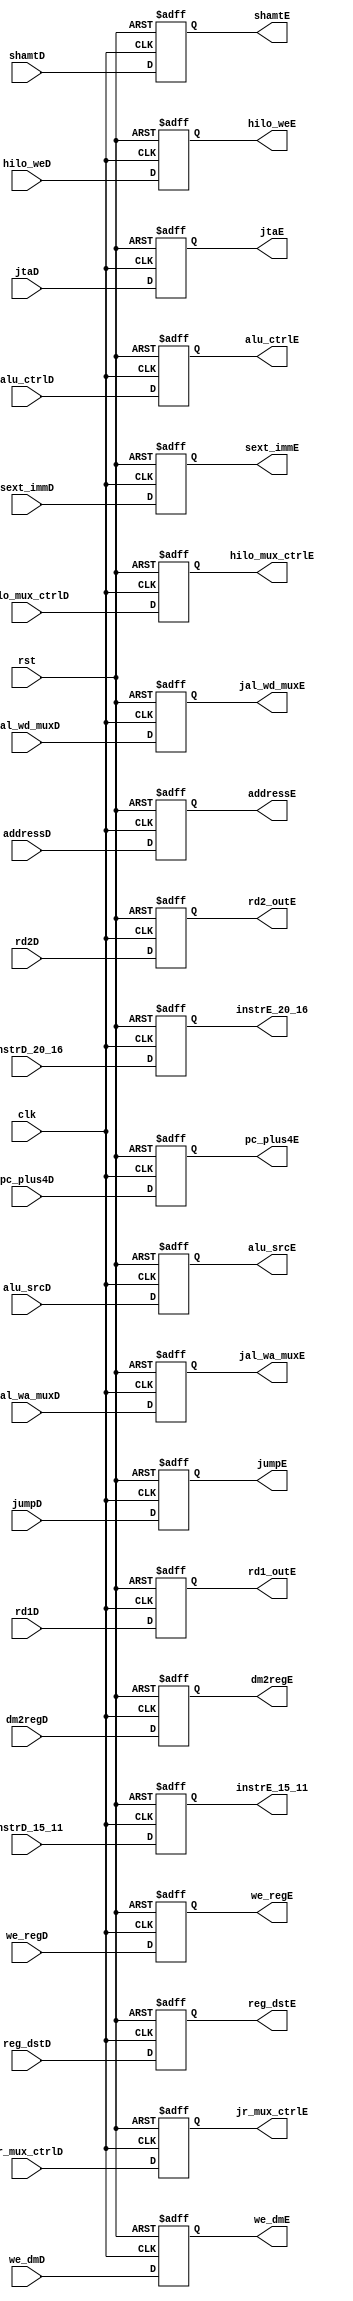
`timescale 1ns / 1ps
//////////////////////////////////////////////////////////////////////////////////
// Company: 
// Engineer: 
// 
// Design Name: 
// Module Name: E_Stage_Reg
// Project Name: 
// Target Devices: 
// Tool Versions: 
// Description: 
// 
// Dependencies: 
// 
// Revision:
// Revision 0.01 - File Created
// Additional Comments:
// 
//////////////////////////////////////////////////////////////////////////////////


module E_Stage_Reg(
    input        clk, rst,
    input        jr_mux_ctrlD,
    input        jumpD,
    input        hilo_weD,
    input [1:0]  hilo_mux_ctrlD,
    input        dm2regD,
    input        we_dmD,
    
    //input        branchD,
    input [3:0]  alu_ctrlD,
    input        alu_srcD,
    input        reg_dstD,
    input        we_regD,
    input        jal_wa_muxD,
    input        jal_wd_muxD,
    
    input [31:0] rd1D,
    input [31:0] rd2D,
    
    input [4:0]  instrD_20_16,
    input [4:0]  instrD_15_11,
    
    input [31:0] pc_plus4D,
    
    input [4:0]  shamtD,
    input [31:0] sext_immD,
    
    input [31:0] addressD,
    input [31:0] jtaD,
    
    
    output reg        jr_mux_ctrlE,
    output reg        jumpE,
    output reg        hilo_weE,
    output reg [1:0]  hilo_mux_ctrlE,
    output reg        dm2regE,
    output reg        we_dmE,
    //output reg        branchE,
    output reg [3:0]  alu_ctrlE,
    output reg        alu_srcE,
    output reg        reg_dstE,
    output reg        we_regE,
    output reg        jal_wa_muxE,
    output reg        jal_wd_muxE,
    
    
    output reg [31:0] rd1_outE,
    output reg [31:0] rd2_outE,
    
    output reg [4:0]  instrE_20_16,
    output reg [4:0]  instrE_15_11,
    
    output reg [31:0] pc_plus4E,
    
    output reg [4:0]  shamtE,
    output reg [31:0] sext_immE,
    
    output reg [31:0] addressE,
    output reg [31:0] jtaE
    );
    
always @ (negedge clk, posedge rst) begin
    if (rst) begin
        jr_mux_ctrlE   <= 0;
        jumpE          <= 0;
        hilo_weE       <= 0;
        hilo_mux_ctrlE <= 0;
        dm2regE        <= 0;
        we_dmE         <= 0;
        //branchE        <= 0;
        alu_ctrlE      <= 0;
        alu_srcE       <= 0;
        reg_dstE       <= 0;
        we_regE        <= 0;
        jal_wa_muxE    <= 0;
        jal_wd_muxE    <= 0;

        rd1_outE       <= 0;
        rd2_outE       <= 0;

        instrE_20_16   <= 0;
        instrE_15_11   <= 0;

        pc_plus4E      <= 0;

        shamtE         <= 0;
        sext_immE      <= 0;
        
        addressE       <= 0;
        jtaE           <= 0;
    end
    
    else begin
        jr_mux_ctrlE   <= jr_mux_ctrlD;
        jumpE          <= jumpD;
        hilo_weE       <= hilo_weD;
        hilo_mux_ctrlE <= hilo_mux_ctrlD;
        dm2regE        <= dm2regD;
        we_dmE         <= we_dmD;
        //branchE        <= branchD;
        alu_ctrlE      <= alu_ctrlD;
        alu_srcE       <= alu_srcD;
        reg_dstE       <= reg_dstD;
        we_regE        <= we_regD;
        jal_wa_muxE    <= jal_wa_muxD;
        jal_wd_muxE    <= jal_wd_muxD;

        rd1_outE       <= rd1D;
        rd2_outE       <= rd2D;

        instrE_20_16   <= instrD_20_16;
        instrE_15_11   <= instrD_15_11;

        pc_plus4E      <= pc_plus4D;

        shamtE         <= shamtD;
        sext_immE      <= sext_immD;
        
        addressE       <= addressD;
        jtaE           <= jtaD;
    end
        
end


endmodule